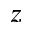
z